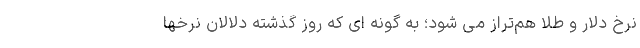
نرخ دلار و طلا هم‌تراز می شود؛ به گونه ای که روز گذشته دلالان نرخها